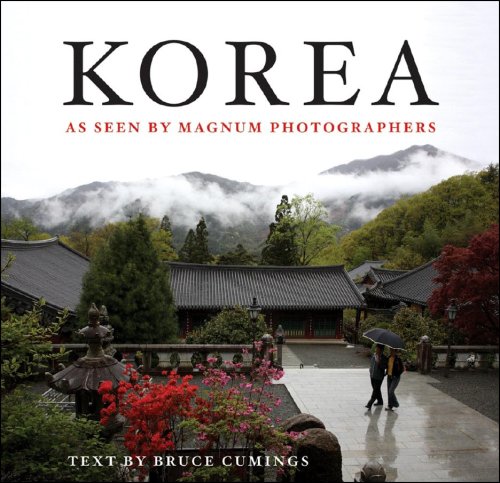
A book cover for Korea: As Seen by Magnum Photographers; Magnum Photos; History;